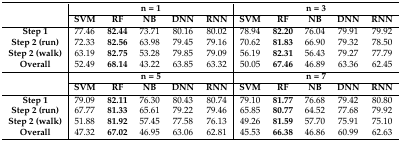
<table><thead><tr><td rowspan="2"></td><td colspan="5"><b>n = 1</b></td><td colspan="5"><b>n = 3</b></td></tr><tr><td><b>SVM</b></td><td><b>RF</b></td><td><b>NB</b></td><td><b>DNN</b></td><td><b>RNN</b></td><td><b>SVM</b></td><td><b>RF</b></td><td><b>NB</b></td><td><b>DNN</b></td><td><b>RNN</b></td></tr></thead><tbody><tr><td><b>Step 1</b></td><td>77.46</td><td><b>82.44</b></td><td>73.71</td><td>80.16</td><td>80.02</td><td>78.94</td><td><b>82.20</b></td><td>76.04</td><td>79.91</td><td>79.92</td></tr><tr><td><b>Step 2 (run)</b></td><td>72.33</td><td><b>82.56</b></td><td>63.98</td><td>79.45</td><td>79.16</td><td>70.62</td><td><b>81.83</b></td><td>66.90</td><td>79.32</td><td>78.50</td></tr><tr><td><b>Step 2 (walk)</b></td><td>63.19</td><td><b>82.75</b></td><td>53.28</td><td>79.85</td><td>79.09</td><td>56.19</td><td><b>82.31</b></td><td>56.43</td><td>79.27</td><td>77.79</td></tr><tr><td><b>Overall</b></td><td>52.49</td><td><b>68.14</b></td><td>43.22</td><td>63.85</td><td>63.32</td><td>50.05</td><td><b>67.46</b></td><td>46.89</td><td>63.36</td><td>62.45</td></tr><tr><td rowspan="2"></td><td colspan="5"><b>n = 5</b></td><td colspan="5"><b>n = 7</b></td></tr><tr><td><b>SVM</b></td><td><b>RF</b></td><td><b>NB</b></td><td><b>DNN</b></td><td><b>RNN</b></td><td><b>SVM</b></td><td><b>RF</b></td><td><b>NB</b></td><td><b>DNN</b></td><td><b>RNN</b></td></tr><tr><td><b>Step 1</b></td><td>79.09</td><td><b>82.11</b></td><td>76.30</td><td>80.43</td><td>80.74</td><td>79.10</td><td><b>81.77</b></td><td>76.68</td><td>79.42</td><td>80.80</td></tr><tr><td><b>Step 2 (run)</b></td><td>67.77</td><td><b>81.33</b></td><td>65.61</td><td>79.22</td><td>79.46</td><td>65.85</td><td><b>80.77</b></td><td>64.52</td><td>77.68</td><td>79.92</td></tr><tr><td><b>Step 2 (walk)</b></td><td>51.88</td><td><b>81.92</b></td><td>57.45</td><td>77.58</td><td>76.13</td><td>49.26</td><td><b>81.59</b></td><td>57.70</td><td>75.91</td><td>75.10</td></tr><tr><td><b>Overall</b></td><td>47.32</td><td><b>67.02</b></td><td>46.95</td><td>63.06</td><td>62.81</td><td>45.53</td><td><b>66.38</b></td><td>46.86</td><td>60.99</td><td>62.63</td></tr></tbody></table>